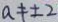
a \neq \pm 2